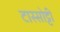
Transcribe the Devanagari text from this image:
टास्सोट्टी